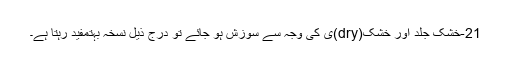
21-خشک جلد اور خشک(dry)ی کی وجہ سے سوزش ہو جائے تو درج ذیل نسخہ بہتمفید رہتا ہے۔